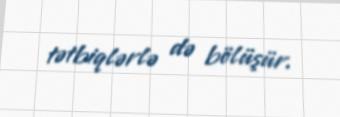
tətbiqlərlə də bölüşür.